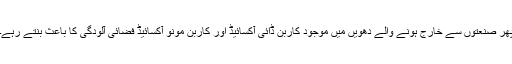
پھر صنعتوں سے خارج ہونے والے دھویں میں موجود کاربن ڈائی آکسائیڈ اور کاربن مونو آکسائیڈ فضائی آلودگی کا باعث بنتے رہے۔